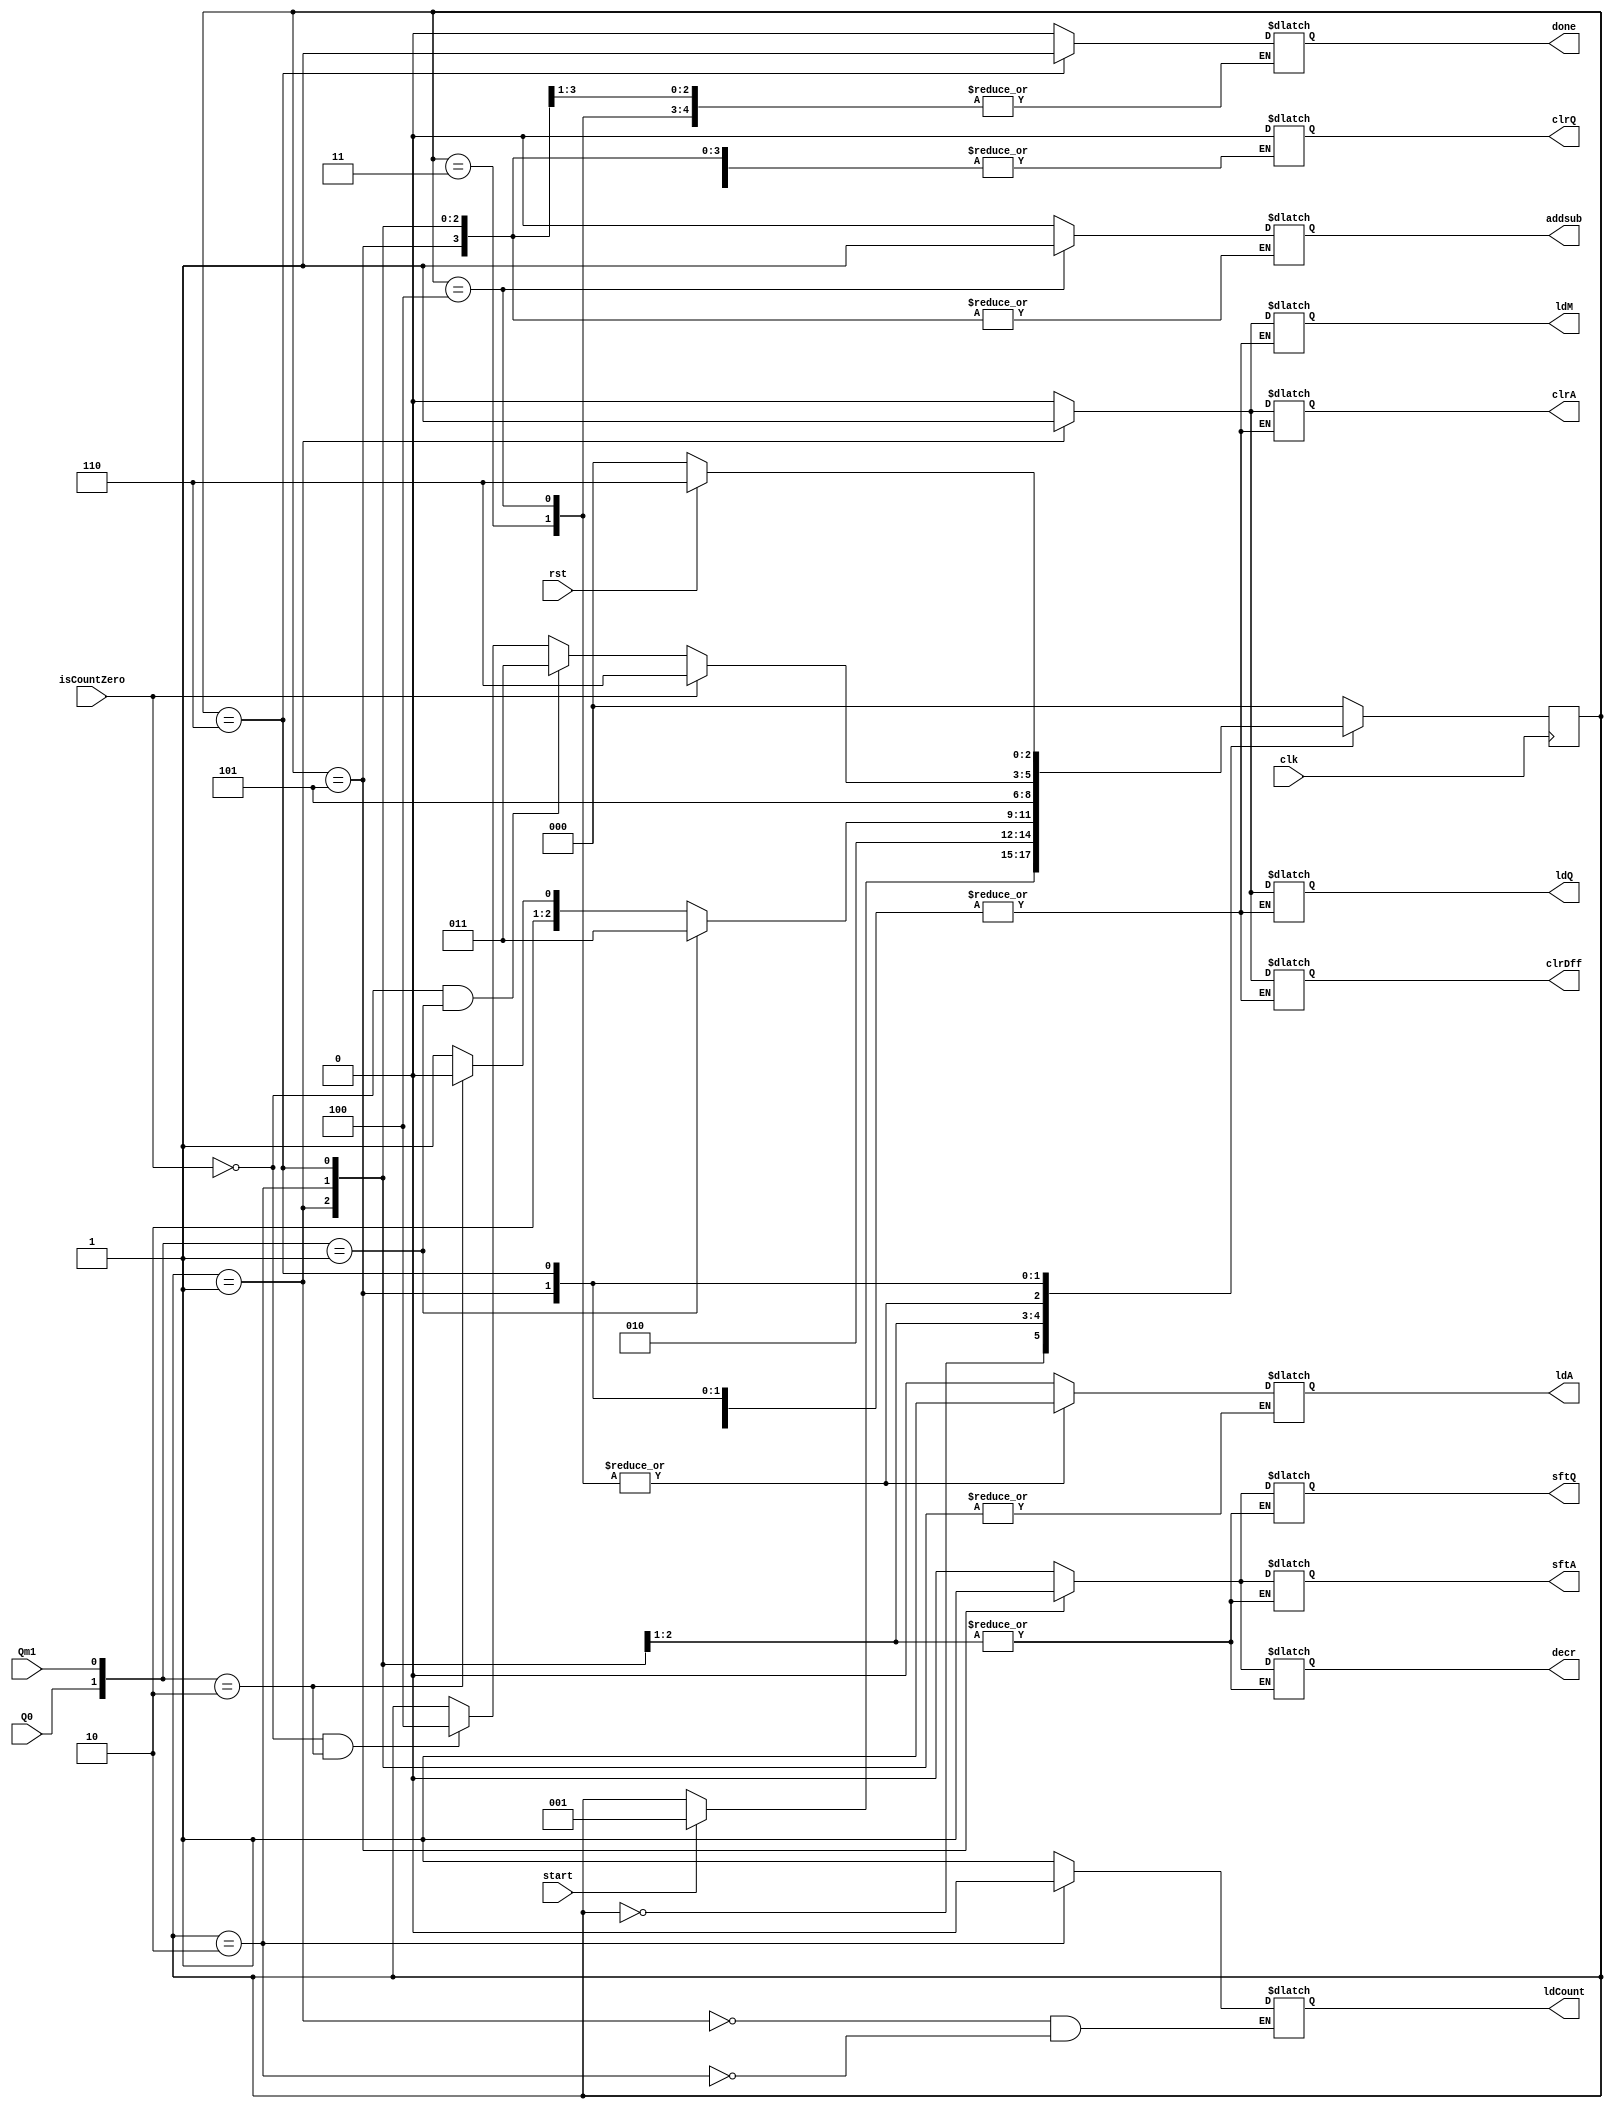
`timescale 1ns / 1ps
//////////////////////////////////////////////////////////////////////////////////
// Company: 
// Engineer: 
// 
// Design Name: 
// Module Name: Booth_Algo_Controlpath
// Project Name: 
// Target Devices: 
// Tool Versions: 
// Description: 
// 
// Dependencies: 
// 
// Revision:
// Revision 0.01 - File Created
// Additional Comments:
// 
//////////////////////////////////////////////////////////////////////////////////


module Booth_Algo_Controlpath(rst,ldA,ldQ,ldM,clrA,clrQ,clrDff,sftA,sftQ,addsub,decr,ldCount,isCountZero,Q0,Qm1,start,done,clk);

	input Qm1,Q0,start,rst,isCountZero,clk;
	output reg ldA,ldQ,ldM,clrA,clrQ,clrDff,sftA,sftQ,addsub,decr,ldCount,done;

	reg [2:0] state;

	parameter S0 = 3'b000,S1 = 3'b001,S2 = 3'b010,S3 = 3'b011,S4 = 3'b100,S5 = 3'b101,S6 = 3'b110;

	always @(posedge clk)
	begin 
		case(state)
		S0: if(start) state <= S1;
		S1: state <= S2;
		S2: if({Q0,Qm1} == 2'b01) state <= S3;
			 else if({Q0,Qm1} == 2'b10) state <= S4;
			 else state <= S5;
		S3: state <= S5;
		S4: state <= S5;
		S5: if(isCountZero) state <= S6;
			else if(!isCountZero && {Q0,Qm1} == 2'b01) state <= S3;
			else if(!isCountZero && {Q0,Qm1} == 2'b10) state <= S4;
		S6: if(~rst) state<=S0;
		     else state <= S6;
		default: state <= S0;
		endcase
	end

	always @(state)
	begin 
		case(state)
		S0: 
			begin
				ldA=0; ldQ=0; ldM=0; clrA=0; clrQ=0;addsub=0; clrDff=0; sftA=0; sftQ=0; done=0; decr=0;
			end
		S1: 
			begin
				ldM=1;ldQ=1; clrA=1; clrDff=1; ldCount=1;
			end
		S2: 
			begin
			    clrA=0; clrDff=0; ldCount=0; ldM=0; ldQ = 0;
			end
		S3: 
			begin
				ldA=1; addsub=0; sftA=0; sftQ=0; decr = 0;
			end
		S4: 
			begin
				ldA=1; addsub=1; sftA=0; sftQ=0; decr = 0;
			end	
		S5: 
			begin
				ldA=0;sftA=1; sftQ=1; decr = 1;
			end		
		S6: begin done = 1; sftA=0; sftQ=0; decr=0;end
		default: 
			begin
				ldA=0; ldQ=0; ldM=0; clrA=0; clrQ=0; clrDff=0; sftA=0; sftQ=0;addsub=0; done=0; decr=0; 
			end	
		endcase
	end

endmodule